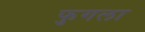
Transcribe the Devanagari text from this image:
फुगला